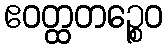
ဧဝတ္ထတဉ္စေဝ